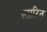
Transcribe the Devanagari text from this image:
स्तारित